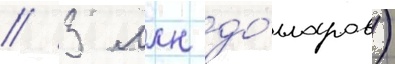
/ 3 млн до́лларов)